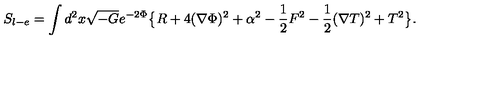
S _ { l - e } = \int d ^ { 2 } x \sqrt { - G } e ^ { - 2 \Phi } \big \{ R + 4 ( \nabla \Phi ) ^ { 2 } + \alpha ^ { 2 } - { \frac { 1 } { 2 } } F ^ { 2 } - { \frac { 1 } { 2 } } ( \nabla T ) ^ { 2 } + T ^ { 2 } \big \} .